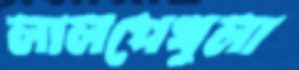
লালপেখুলা